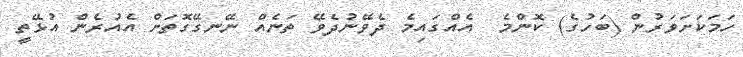
ހަމަކަށަވަރުން (ބަހުގެ) ކޮންމެ  އެއްގައިމެ ދެވޭނުދެވޭ ތަނެއް ނޭނގޭގޮތަށް އެއުރެން އުޅޭތީ